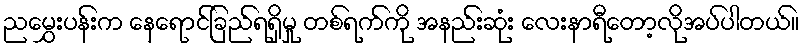
ညမွှေးပန်းက နေရောင်ခြည်ရရှိမှု တစ်ရက်ကို အနည်းဆုံး လေးနာရီတော့လိုအပ်ပါတယ်။